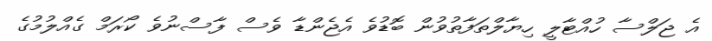
އެ ޖަލްސާ ހުއްޓާލީ ހިޔާލްތަފާތުވުން ބޮޑުވެ އެޖެންޑާ ވެސް ފާސްނުވެ ކޯރަމް ގެއްލުމުގެ